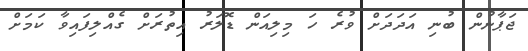
ޖަޕާނުން ބުނި އަދަދަށް ވުރެ ހަ މިލިއަން ޑޮލަރު އިތުރަށް ގެއްލިފައިވާ ކަމަށް